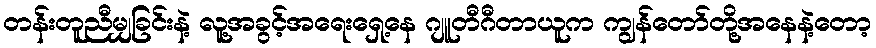
တန်းတူညီမျှခြင်းနဲ့ လူ့အခွင့်အရေးရှေ့နေ ဂျူတီဂီတာယူက ကျွန်တော်တို့အနေနဲ့တော့